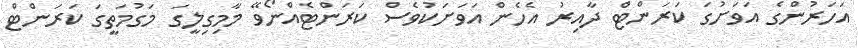
އަހަރުންގެ އަވަށުގަ ކަރަންޓް ދާއިރު އެހެން އަވަށަކުވެސް ކަރަންޓެއްނޯވޭ މާމިގިލީގަ މަގުމަތީގަ ކަރަންޓް